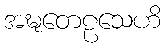
အဍ္ဎတေဠသေဟိ